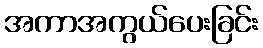
အကာအကွယ်ပေးခြင်း